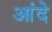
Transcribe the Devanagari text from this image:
आंदे